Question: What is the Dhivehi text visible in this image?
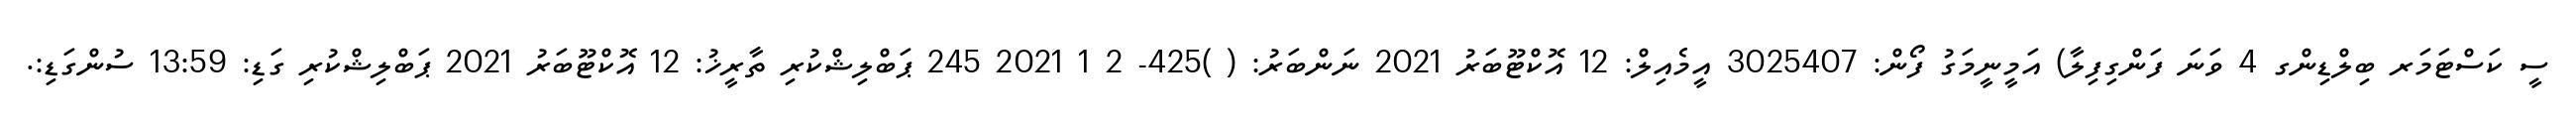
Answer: ސީ ކަސްޓަމަރ ބިލްޑިންގ 4 ވަނަ ފަންގިފިލާ) އަމީނީމަގު ފޯން: 3025407 އީމެއިލް: 12 އޮކްޓޫބަރު 2021 ނަންބަރު: ( )425- 2 1 2021 245 ޕަބްލިޝްކުރި ތާރީޚު: 12 އޮކްޓޫބަރު 2021 ޕަބްލިޝްކުރި ގަޑި: 13:59 ސުންގަޑި:.